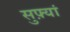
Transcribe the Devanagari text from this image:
सुफ़्यां